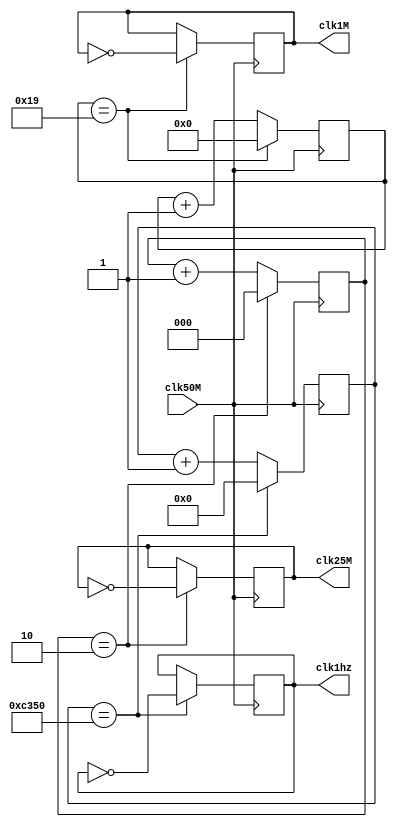
module  frqdiv (clk50M, clk1hz, clk25M, clk1M);
input clk50M;
output reg clk1hz;
output reg clk25M;
output reg clk1M;

reg [31:0] i;
reg [2:0] j;
reg [5:0] z;

initial begin
	i<=0;
	j<=0;
	z<=0;
	clk1hz<=0;
	clk25M<=0;
	clk1M<=0;
end

always@(posedge clk50M) begin
	if (i == 50000) begin
		clk1hz <= ~clk1hz;
		i<=0;
	end else begin
		i<=i+1;
	end

	if (j == 2) begin
		clk25M <= ~clk25M;
		j<=0;
	end else begin
		j<=j+1'b1;
	end

	if (z == 25) begin
		clk1M <= ~clk1M;
		z<=0;
	end else begin
		z<=z+1'b1;
	end
end

endmodule